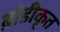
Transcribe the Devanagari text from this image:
ब्रांडीकृत